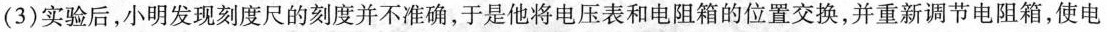
(3)实验后，小明发现刻度尺的刻度并不准确，于是他将电压表和电阻箱的位置交换，并重新调节电阻箱，使电